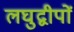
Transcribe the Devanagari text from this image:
लघुद्वीपों